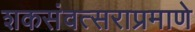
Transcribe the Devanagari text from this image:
शकसंवत्सराप्रमाणे